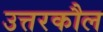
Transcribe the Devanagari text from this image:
उत्तरकौल